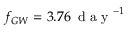
f _ { G W } = 3 . 7 6 \, \mathrm { ~ d ~ a ~ y ~ } ^ { - 1 }